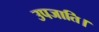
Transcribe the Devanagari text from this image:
उपजाति।